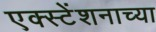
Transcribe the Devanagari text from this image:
एक्स्टेंशनाच्या